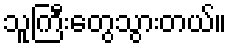
သူကြီးတွေသွားတယ်။